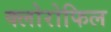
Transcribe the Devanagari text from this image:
क्‍लोरोफिल